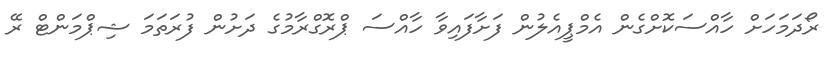
ރޯދަމަހަށް ހާއްސަކޮށްގެން އެމްޕީއެލުން ފަށާފައިވާ ހާއްސަ ޕްރޮގްރާމުގެ ދަށުން ފުރަތަމަ ޝިޕްމަންޓް ރޭ